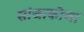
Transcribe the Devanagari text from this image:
सांजाकोजा